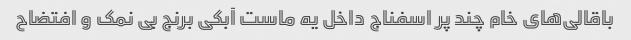
باقالی‌های خام چند پر اسفناج داخل یه ماست آبکی برنج بی نمک و افتضاح